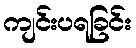
ကျင်းပရခြင်း